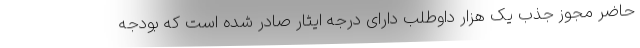
حاضر مجوز جذب یک هزار داوطلب دارای درجه ایثار صادر شده است که بودجه